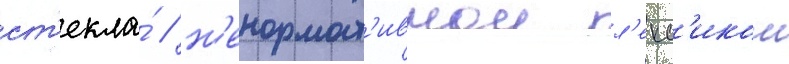
ст'екла́ / н'енормат'ивнои л'екс'икои